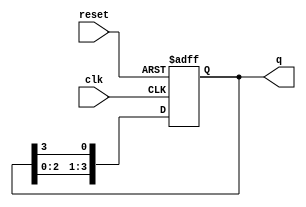
module ring_counter (
    input wire clk,          // Clock input
    input wire reset,        // Asynchronous reset
    output reg [N-1:0] q     // Output of the ring counter
);
    parameter N = 4;         // Number of flip-flops (change as needed)

    always @(posedge clk or posedge reset) begin
        if (reset) begin
            // Asynchronous reset: Set the first flip-flop to 1, others to 0
            q <= 1'b1; // Set the first flip-flop
        end else begin
            // Shift the output of the last flip-flop to the first
            q <= {q[N-2:0], q[N-1]}; // Shift left and wrap around
        end
    end
endmodule